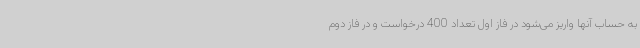
به حساب آنها واریز می‌شود در فاز اول تعداد 400 درخواست و در فاز دوم